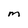
Character: M